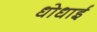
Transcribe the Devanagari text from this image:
धोधाई